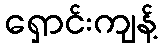
ရှောင်းကျန့်